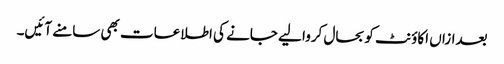
بعدازاں اکاؤنٹ کو بحال کروا لیے جانے کی اطلاعات بھی سامنے آئیں۔